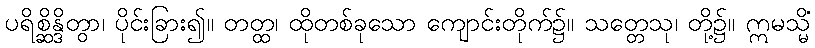
ပရိစ္ဆိန္ဒိတွာ၊ ပိုင်းခြား၍။ တတ္ထ၊ ထိုတစ်ခုသော ကျောင်းတိုက်၌။ သတ္တေသု၊ တို့၌။ ဣမသ္မိံ